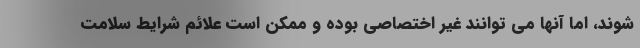
شوند، اما آنها می توانند غیر اختصاصی بوده و ممکن است علائم شرایط سلامت